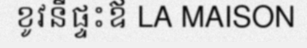
ខូវនីផ្ទះឪ LA MAISON